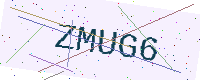
Text: ZMUG6